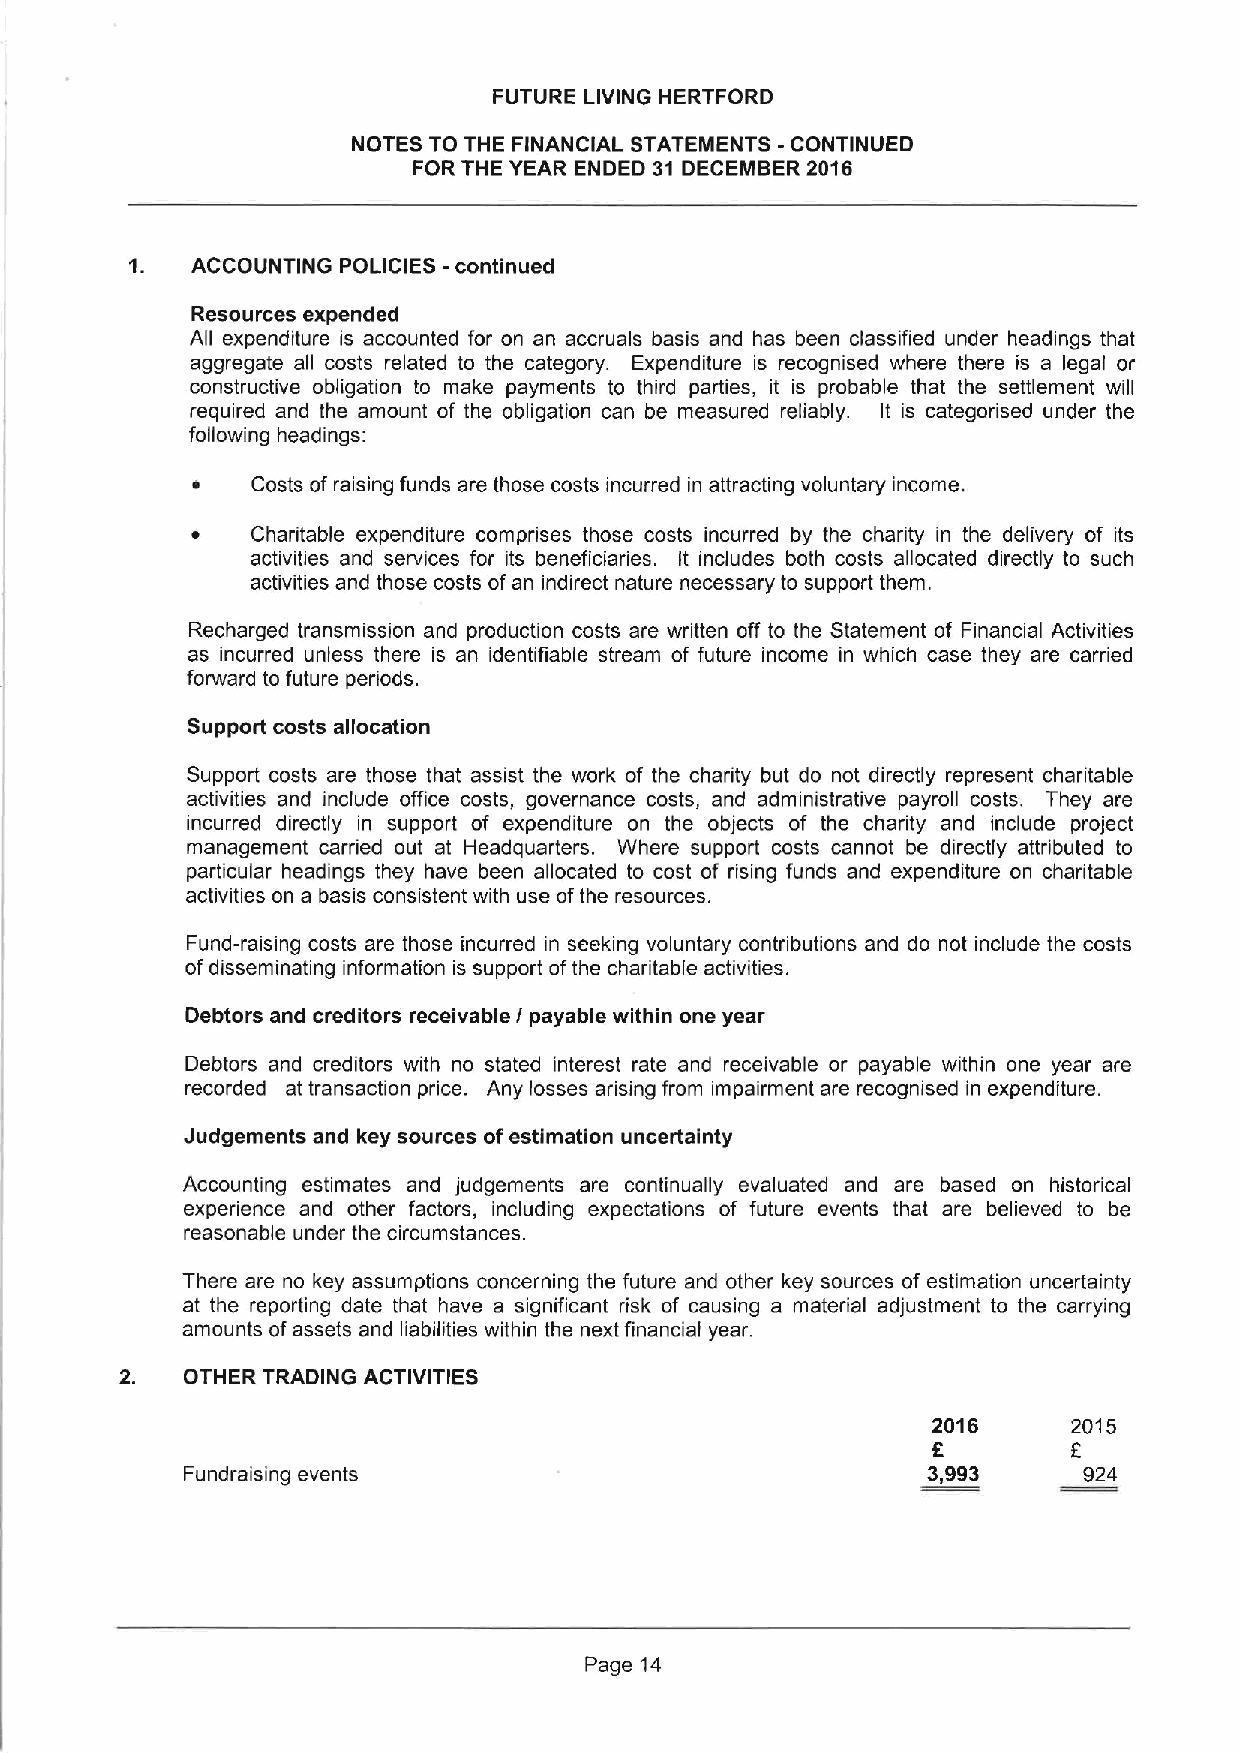
FUTURE LIVING HERTFORD
 NOTES TO THE FINANCIAL STATEMENTS -CONTINUED
 FOR THE YEAR ENDED 31 DECEMBER 2016
 1.  ACCOUNTING POLICIES -continued
 Resources expended
 All expenditure is accounted for on an accruals basis and has been classified under headings that
 aggregate all costs related to the category. Expenditure is recognised where there is a legal or
 constructive obligation to make payments to third parties, it is probable that the settlement will
 required and the amount of the obligation can be measured reliably. It is categorised under the
 following headings:
 ~   Costs of raising funds are those costs incurred in attracting voluntary income.
 ~   Charitable expenditure comprises those costs incurred by the charity in the delivery of its
 activities and services for its beneficiaries. It includes both costs allocated directly to such
 activities and those costs ofan indirect nature necessary to support them.
 Recharged transmission and production costs are written off to the Statement of Financial Activities
 as incurred unless there is an identifiable stream of future income in which case they are carried
 forward to future periods.
 Support costs allocation
 Support costs are those that assist the work of the charity but do not directly represent charitable
 activities and include office costs, governance costs, and administrative payroll costs. They are
 incurred directly in support of expenditure on the objects of the charity and include project
 management carried out at Headquarters. Where support costs cannot be directly attributed to
 particular headings they have been allocated to cost of rising funds and expenditure on charitable
 activities on a basis consistent with use ofthe resources.
 Fund-raising costs are those incurred in seeking voluntary contributions and do not include the costs
 of disseminating information is support ofthe charitable activities.
 Debtors and creditors receivable I payable within one year
 Debtors and creditors with no stated interest rate and receivable or payable within one year are
 recorded at transaction price. Any losses arising from impairment are recognised in expenditure.
 Judgements and key sources ofestimation uncertainty
 Accounting estimates and judgements are continually evaluated and are based on historical
 experience and other factors, including expectations of future events that are believed to be
 reasonable under the circumstances.
 There are no key assumptions concerning the future and other key sources of estimation uncertainty
 at the reporting date that have a significant risk of causing a material adjustment to the carrying
 amounts ofassets and liabilities within the next financial year.
 OTHER TRADING ACTIVITIES
 2016     2015
 f
 Z
 Fundraising events                               3,993      924
 Page 14